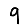
Digit: 9